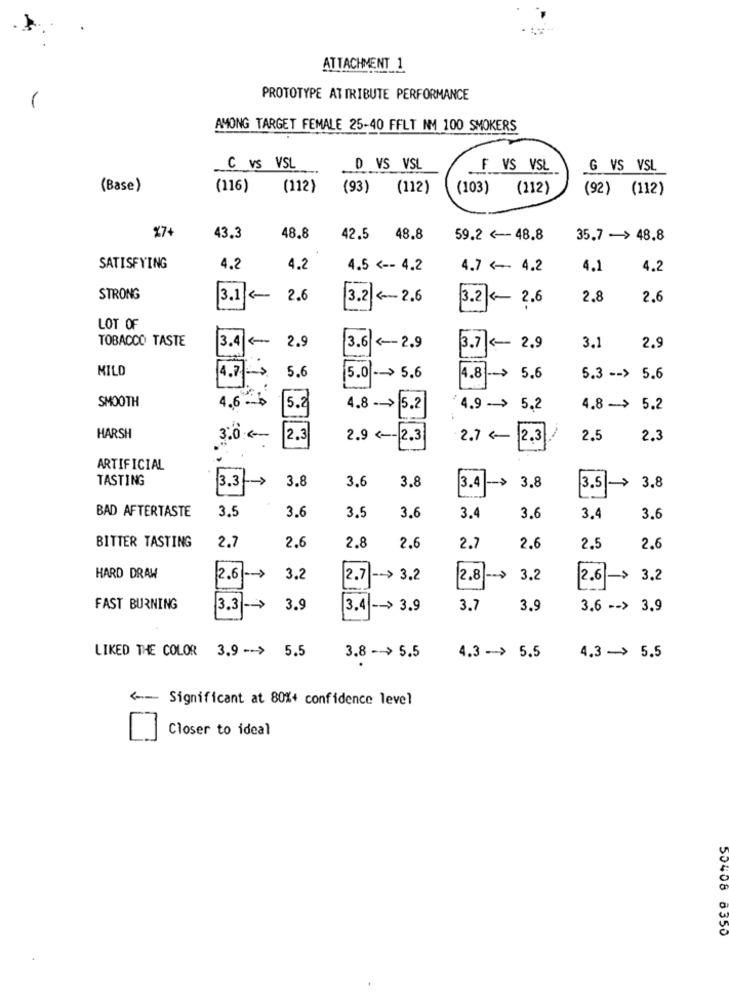
ATTACHMENT 1
PROTOTYPE AT TRIBUTE PERFORMANCE
AMONG TARGET FEMALE 25-40 FFLT IMM 100 SMOKERS
C vs VSL
D VS VSL
F VS VSL
G VS VSL
(Base)
(116)
(112)
(93)
(112)
(103)
(112)
(92) (112)
%7+
43.3
48.8
42.5 48.8
59.2 <-- 48.8
35.7 -> 48.8
SATISFYING
4.2
4.2
4.5 <-- 4.2
4.7 <- 4.2
4.1
4.2
STRONG
3.1 <-
2.6
3.2 4-2.6
3.2 2.6
2.8
2.6
LOT OF
TOBACCO TASTE
3.4
2.9
3.6
<-- 2.9
3.7 - 2,9
3.1
2.9
MILD
5.6
4.7 -- >
5.0 -> 5.6
4.8
5.6
5.3 -- > 5.6
SMOOTH
4.6 -- >
5.2
4.8 -- > 5.2
4.9 - > 5,2
4.8 -> 5.2
HARSH
3:0 --
2.3
2.9 <-- 2.3
2.7 <
2.3
2.5
2.3
ARTIFICIAL
TASTING
3.3
3.8
3.6
3.8
3.8
->
3.4
->
3.8
3.5
>
BAD AFTERTASTE
3.5
3.6
3.5
3.6
3.4
3.6
3.4
3.6
2.8
2.6
BITTER TASTING
2.7
2.6
2.7
2.6
2.5
2.6
HARD DRAW
2.6 ->
3.2
2.7
-- > 3.2
2.8
3.2
2.6 -> 3.2
FAST BURNING
3.3 ->
3.9
3.4 -- > 3.9
3.7
3.9
3.6 -- > 3.9
LIKED THE COLOR 3.9 -- > 5.5
3.8 -- > 5.5
4.3 -> 5.5
4.3 -> 5.5
Significant at 80%+ confidence level
Closer to ideal
50408 8350